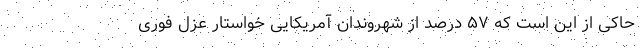
حاکی از این است که ۵۷ درصد از شهروندان آمریکایی خواستار عزل فوری